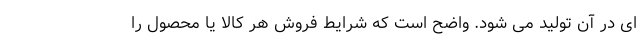
ای در آن تولید می شود. واضح است که شرایط فروش هر کالا یا محصول را